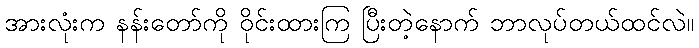
အားလုံးက နန်းတော်ကို ဝိုင်းထားကြ ပြီးတဲ့နောက် ဘာလုပ်တယ်ထင်လဲ။